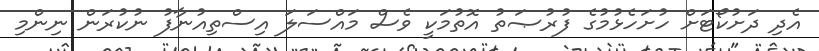
އެދި ދަށުކޯޓަށް ހުށަހެޅުމުގެ ފުރުޞަތު އޮތުމަކީ ވެސް މައްސަލަ އިސްތިއުނާފު ނުކުރަން ނިންމި